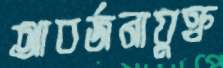
আবর্জনাযুক্ত